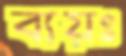
ব্যয়ঃ